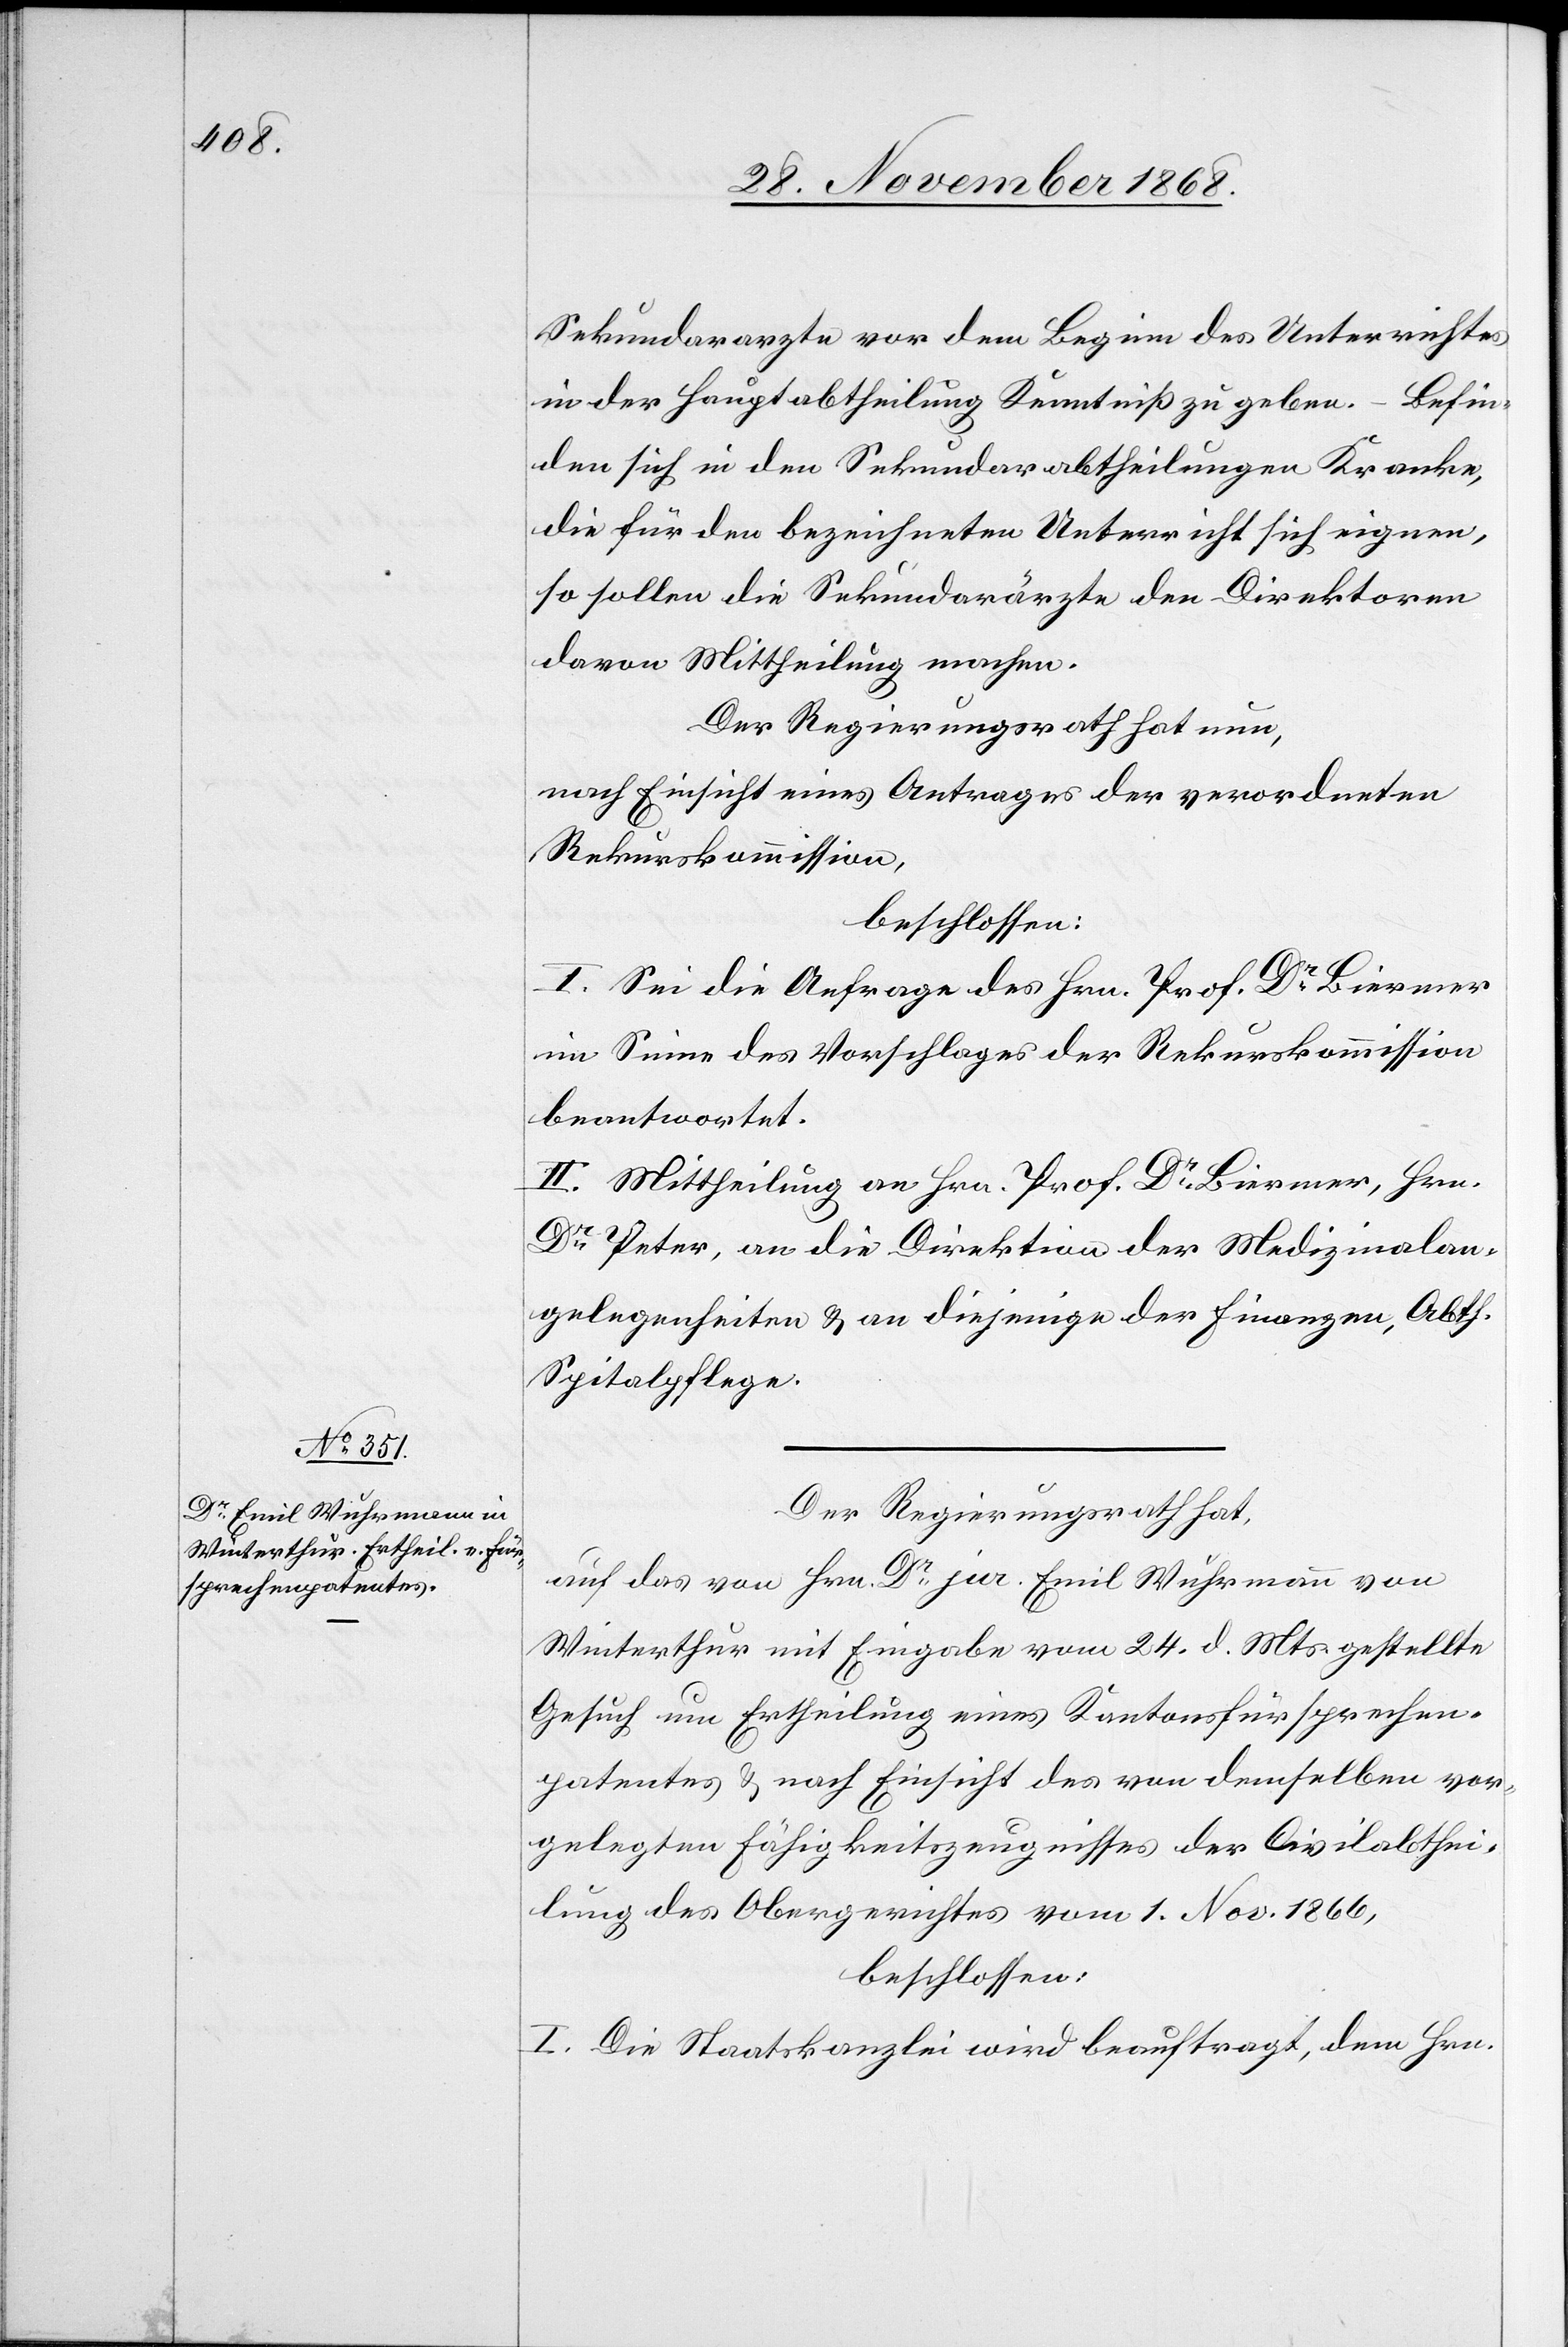
Sekundararzte vor dem Beginn des Unterrichtes
in der Hauptabtheilung Kenntniß zu geben. – Befin¬
den sich in den Sekundarabtheilungen Kranke,
die für den bezeichneten Unterricht sich eignen,
so sollen die Sekundarärzte den Direktoren
davon Mittheilung machen.
Der Regierungsrath hat nun,
nach Einsicht eines Antrages der verordneten
Rekurskommission,
beschlossen:
I. Sei die Anfrage des Hrn. Prof. Dr Biermer
im Sinne des Vorschlages der Rekurskommission
beantwortet.
II. Mittheilung an Hrn. Prof. Dr Biermer, Hrn.
Dr Peter, an die Direktion der Medizinalan¬
gelegenheiten & an diejenige der Finanzen, Abth.
Spitalpflege.
Der Regierungsrath hat,
auf das von Hrn. Dr jur. Emil Wuhrmann von
Winterthur mit Eingabe vom 24. d. Mts. gestellte
Gesuch um Ertheilung eines Kantonsfürsprechen¬
patentes & nach Einsicht des von demselben vor¬
gelegten Fähigkeitszeugnisses der Civilabthei¬
lung des Obergerichtes vom 1. Nov. 1866,
beschlossen:
I. Die Staatskanzlei wird beauftragt, dem Hrn.